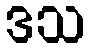
ဒသ